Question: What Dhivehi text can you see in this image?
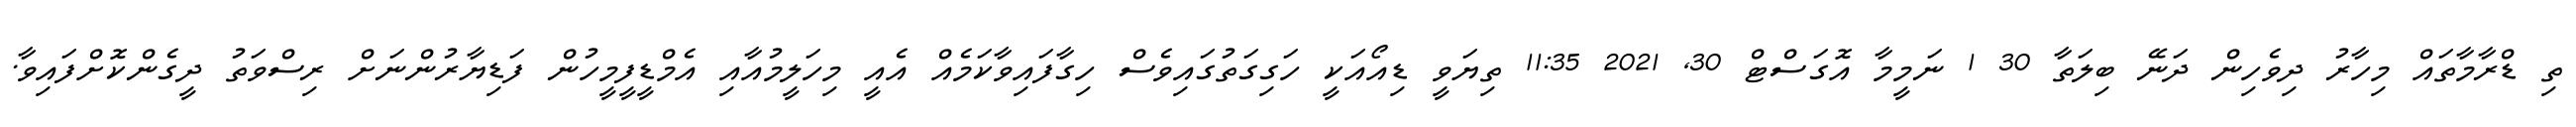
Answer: ތި ޑްރާމާތައް މިހާރު ދިވެހިން ދަނޭ ބިލަތާ 30 1 ނަމީމާ އޮގަސްޓް 30, 2021 11:35 ތިޔަވީ ޑިއޯއަކީ ހަގިގަތުގައިވެސް ހިގާފައިވާކަމެއް އެއީ މިހަލީމުއާއި އެމްޑީފީމީހުން ފަޑިޔާރުންނަށް ރިސްވަތު ދީގެންކޮށްފައިވާ.